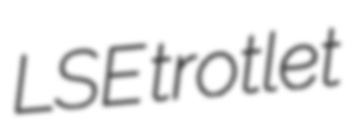
LSE trotlet